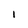
Character: l